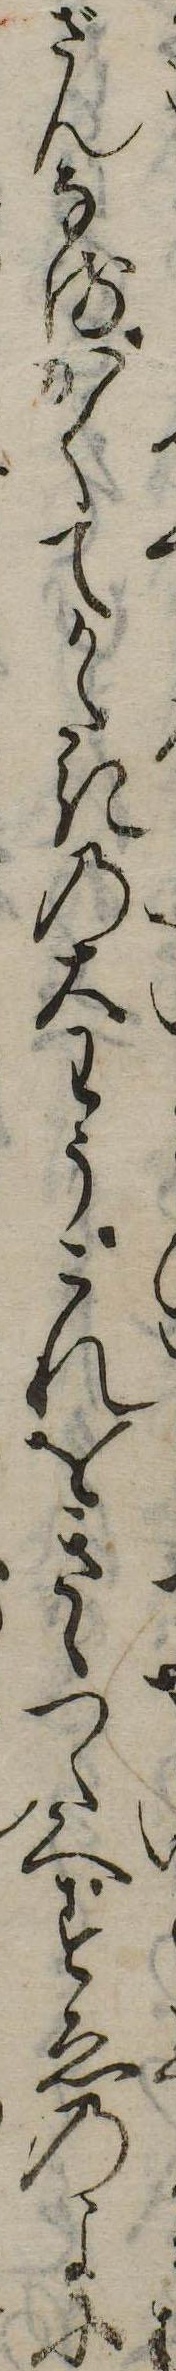
ざんなるかくてかたきの大わうこれをきゝつたへすゑのよに